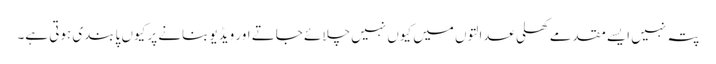
پتہ نہیں ایسے مقدمے کھلی عدالتوں میں کیوں نہیں چلائے جاتے اور ویڈیو بنانے پر کیوں پابندی ہوتی ہے۔